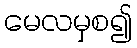
မေလမှစ၍